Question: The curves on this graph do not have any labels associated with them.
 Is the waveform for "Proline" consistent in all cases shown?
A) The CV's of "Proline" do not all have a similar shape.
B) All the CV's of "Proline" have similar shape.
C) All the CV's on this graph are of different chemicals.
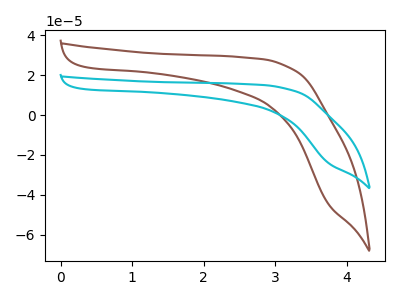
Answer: <think>The brown curve "brown" has no peaks. The cyan curve "cyan" has no peaks.
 Neither "brown" or "cyan" have any peaks.</think>
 <answer>B) All the CV's of "Proline" have similar shape.</answer>
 <eval>B</eval>